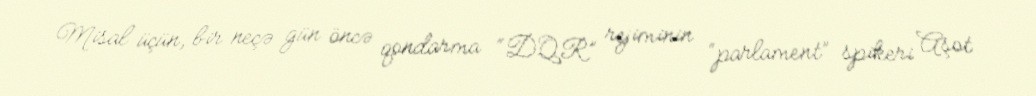
Misal üçün, bir neçə gün öncə qondarma “DQR” rejiminin “parlament” spikeri Aşot